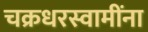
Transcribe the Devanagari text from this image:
चक्रधरस्वामींना